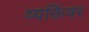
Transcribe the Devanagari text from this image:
व्यक्तिंवर